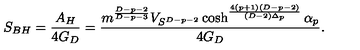
S _ { B H } = { \frac { A _ { H } } { 4 G _ { D } } } = { \frac { m ^ { \frac { D - p - 2 } { D - p - 3 } } V _ { S ^ { D - p - 2 } } \cosh ^ { \frac { 4 ( p + 1 ) ( D - p - 2 ) } { ( D - 2 ) \Delta _ { p } } } \alpha _ { p } } { 4 G _ { D } } } .